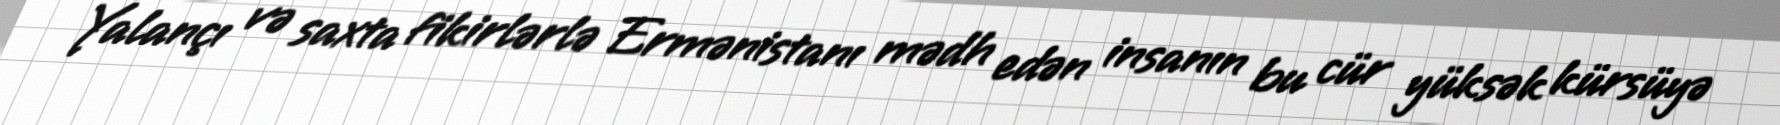
Yalançı və saxta fikirlərlə Ermənistanı mədh edən insanın bu cür yüksək kürsüyə